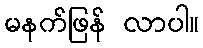
မနက်ဖြန် လာပါ။